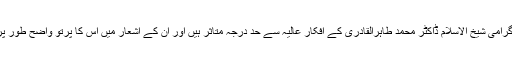
وہ اپنے والد گرامی شیخ الاسلام ڈاکٹر محمد طاہرالقادری کے افکار عالیہ سے حد درجہ متاثر ہیں اور ان کے اشعار میں اس کا پرتو واضح طور پر جھلکتا ہے۔